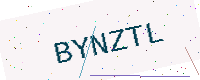
Text: BYNZTL